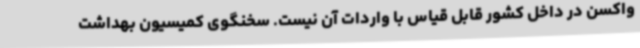
واکسن در داخل کشور قابل قیاس با واردات آن نیست. سخنگوی کمیسیون بهداشت